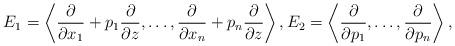
LaTeX: \begin{gather*}E_1 =\left\langle \frac{\partial}{\partial x_1}+p_1\frac{\partial}{\partial z},\dots,\frac{\partial}{\partial x_n}+p_n\frac{\partial}{\partial z}\right\rangle,E_2 =\left\langle \frac{\partial}{\partial p_1},\dots,\frac{\partial}{\partial p_n}\right\rangle,\end{gather*}